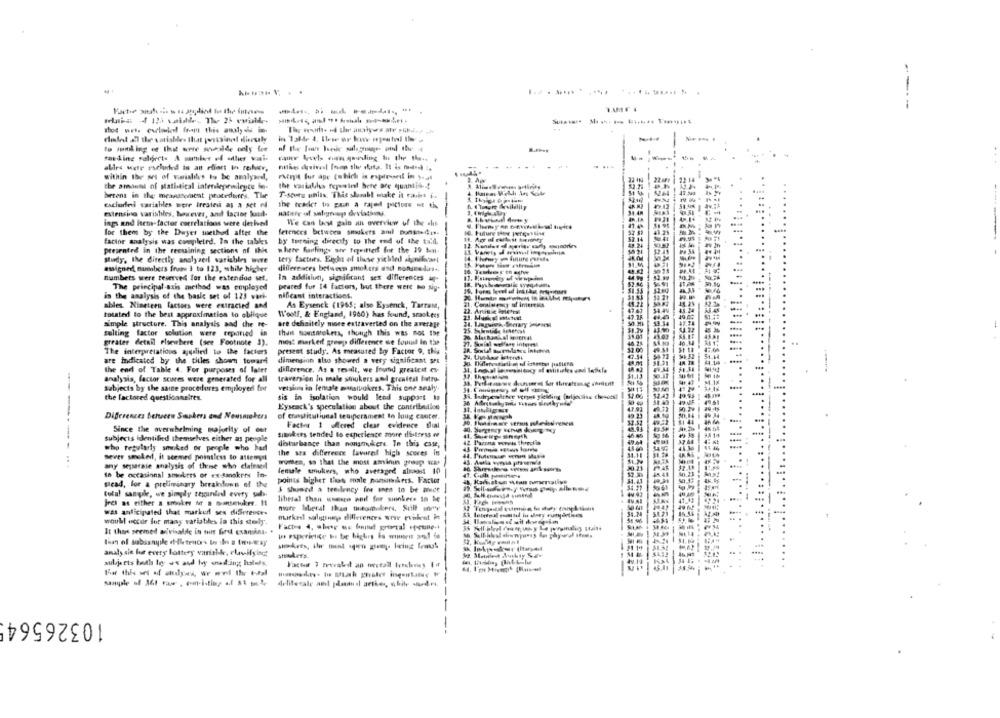
----
------ -- .
15 m
allre wer excluded is an rdient in reker,
within the set of wanialikes to be amalywed,
Part for ape (which is relevant in yal
the amount of statistical intenleprmileyce lo-
the variaths fcpesind bere Bre quantia ...
T-stute units. This shoah! otake it ravis i ..
herens in the meanscement procedures. The
cxciurfei variables were treated as a set f4
the tekket to gain a raped pictose of th
etensino varishles, however, and factor jour-
Hatare of salıgreep deviations.
-
ings and item-factor correlations were derived
We can best gain an overview of the alit
for them by the Dayer method after the
ferences between smokers ail unstedis.
factor analysis was completed. In the tables
by turning directly to The end of the till.
presented in the reesining sections of this
where faulings are Tequitterf for the 19 bin.
study, the directly analyzed variables were
tery factory. Eight of those yichled significant
assigned, mueabers frans 1 to 123, while higher
differences between stokers and sonsnedirs .,
numbers were teseved for the extendod set.
In addition, significant sex differences ip
The principal -axis method was employed
peared fur 14 factors, but there were no siy.
in the analysis of the basic set of 123 vark-
nificant interactions.
ables. Ninetern factors were extracted and
As Eysenck (1965; also Eysenck, Tarrant,
.Comlorscy of Imereis
totated to the best approximation to obilque
Woolf, & England, 1960) has found, srackers
Anittie inersl
are definitely more extraverted on the average
simple structure. This analysis and the re-
sulting factor solution were reported in
that notrokers, though this was not the
greater detail elsewhere (see Footnote 3),
most marked greep difference we found In tar
The interpretations applied to the factors
present study. As measured by Factor 9, this.
are indicated by the titles showmn toward
dimension also showed a very significant ses
the end of Table 4. For purposes of later
difference. As a result, we found greatest ex-
analysis, factor scores were generated for all
traversion In male smukers and greatest hettu-
subjects by the same procedures employerl for
vetsiun in female manaltokers. This one analy.
the factored questionnaires.
sis in isolation would lend support to
Eysenck's speculation about the contribution
Differences Seheen Suspkers and Nousmokers
of constitutional seuipersmest to long cancer.
Indrawe vermiş poledes venen
Since the overwhelming majority of out
Factor 1 offered clear evidence filial
sitokers tended to experience moore distorss er
Wewp sineyth
----
subjects identified themselves either as people
disturbance than nonsmokers. In this case,
42 Parana voreas thechia
who regularly smoked or people who had
the sea difference lavaret high scores in
sever smoked, it seemed pointless to attemysl
any separate analysis of those who claimsed
wimmen, so that the most aminin group was
to be occasional sowkees or ex Smokers in-
female smukers, who averaged aboss 10
points higher tios male nonumbers. Factor
sicad, for a preliminary breakdown of the
3 shuand a temilency fre unen to be auce
total sangk, we simply tejunded every sual.
Jres as either a smoker of a mansmoker. It
liberal than usern anil for sminkers to be
was anticipated that markert ses difference.
nuirked salggn differences wow evilent ine
woull accor for many variables la this stoly.
It thos seemed adivisadie in tins find examina- .
lian of subismple ( tenor- to do a two-way
analy sie for every lottery variable, clavilying
subjects both to +x and boy noding halals.
sangale of 361 raw . com-isting .. f &5 m.4
103265645